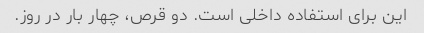
این برای استفاده داخلی است. دو قرص، چهار بار در روز.